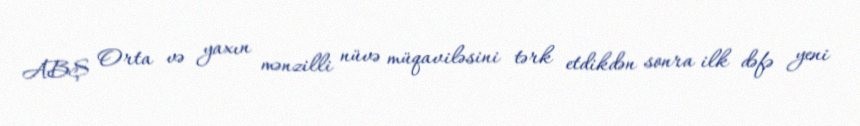
ABŞ Orta və yaxın mənzilli nüvə müqaviləsini tərk etdikdən sonra ilk dəfə yeni